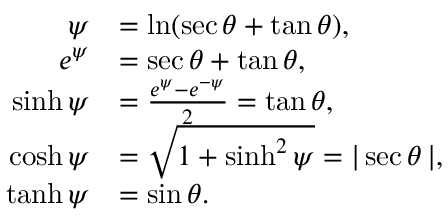
{ \begin{array} { r l } { \psi } & { = \ln ( \sec \theta + \tan \theta ) , } \\ { e ^ { \psi } } & { = \sec \theta + \tan \theta , } \\ { \sinh \psi } & { = { \frac { e ^ { \psi } - e ^ { - \psi } } { 2 } } = \tan \theta , } \\ { \cosh \psi } & { = { \sqrt { 1 + \sinh ^ { 2 } \psi } } = | \sec \theta \, | , } \\ { \operatorname { t a n h } \psi } & { = \sin \theta . } \end{array} }